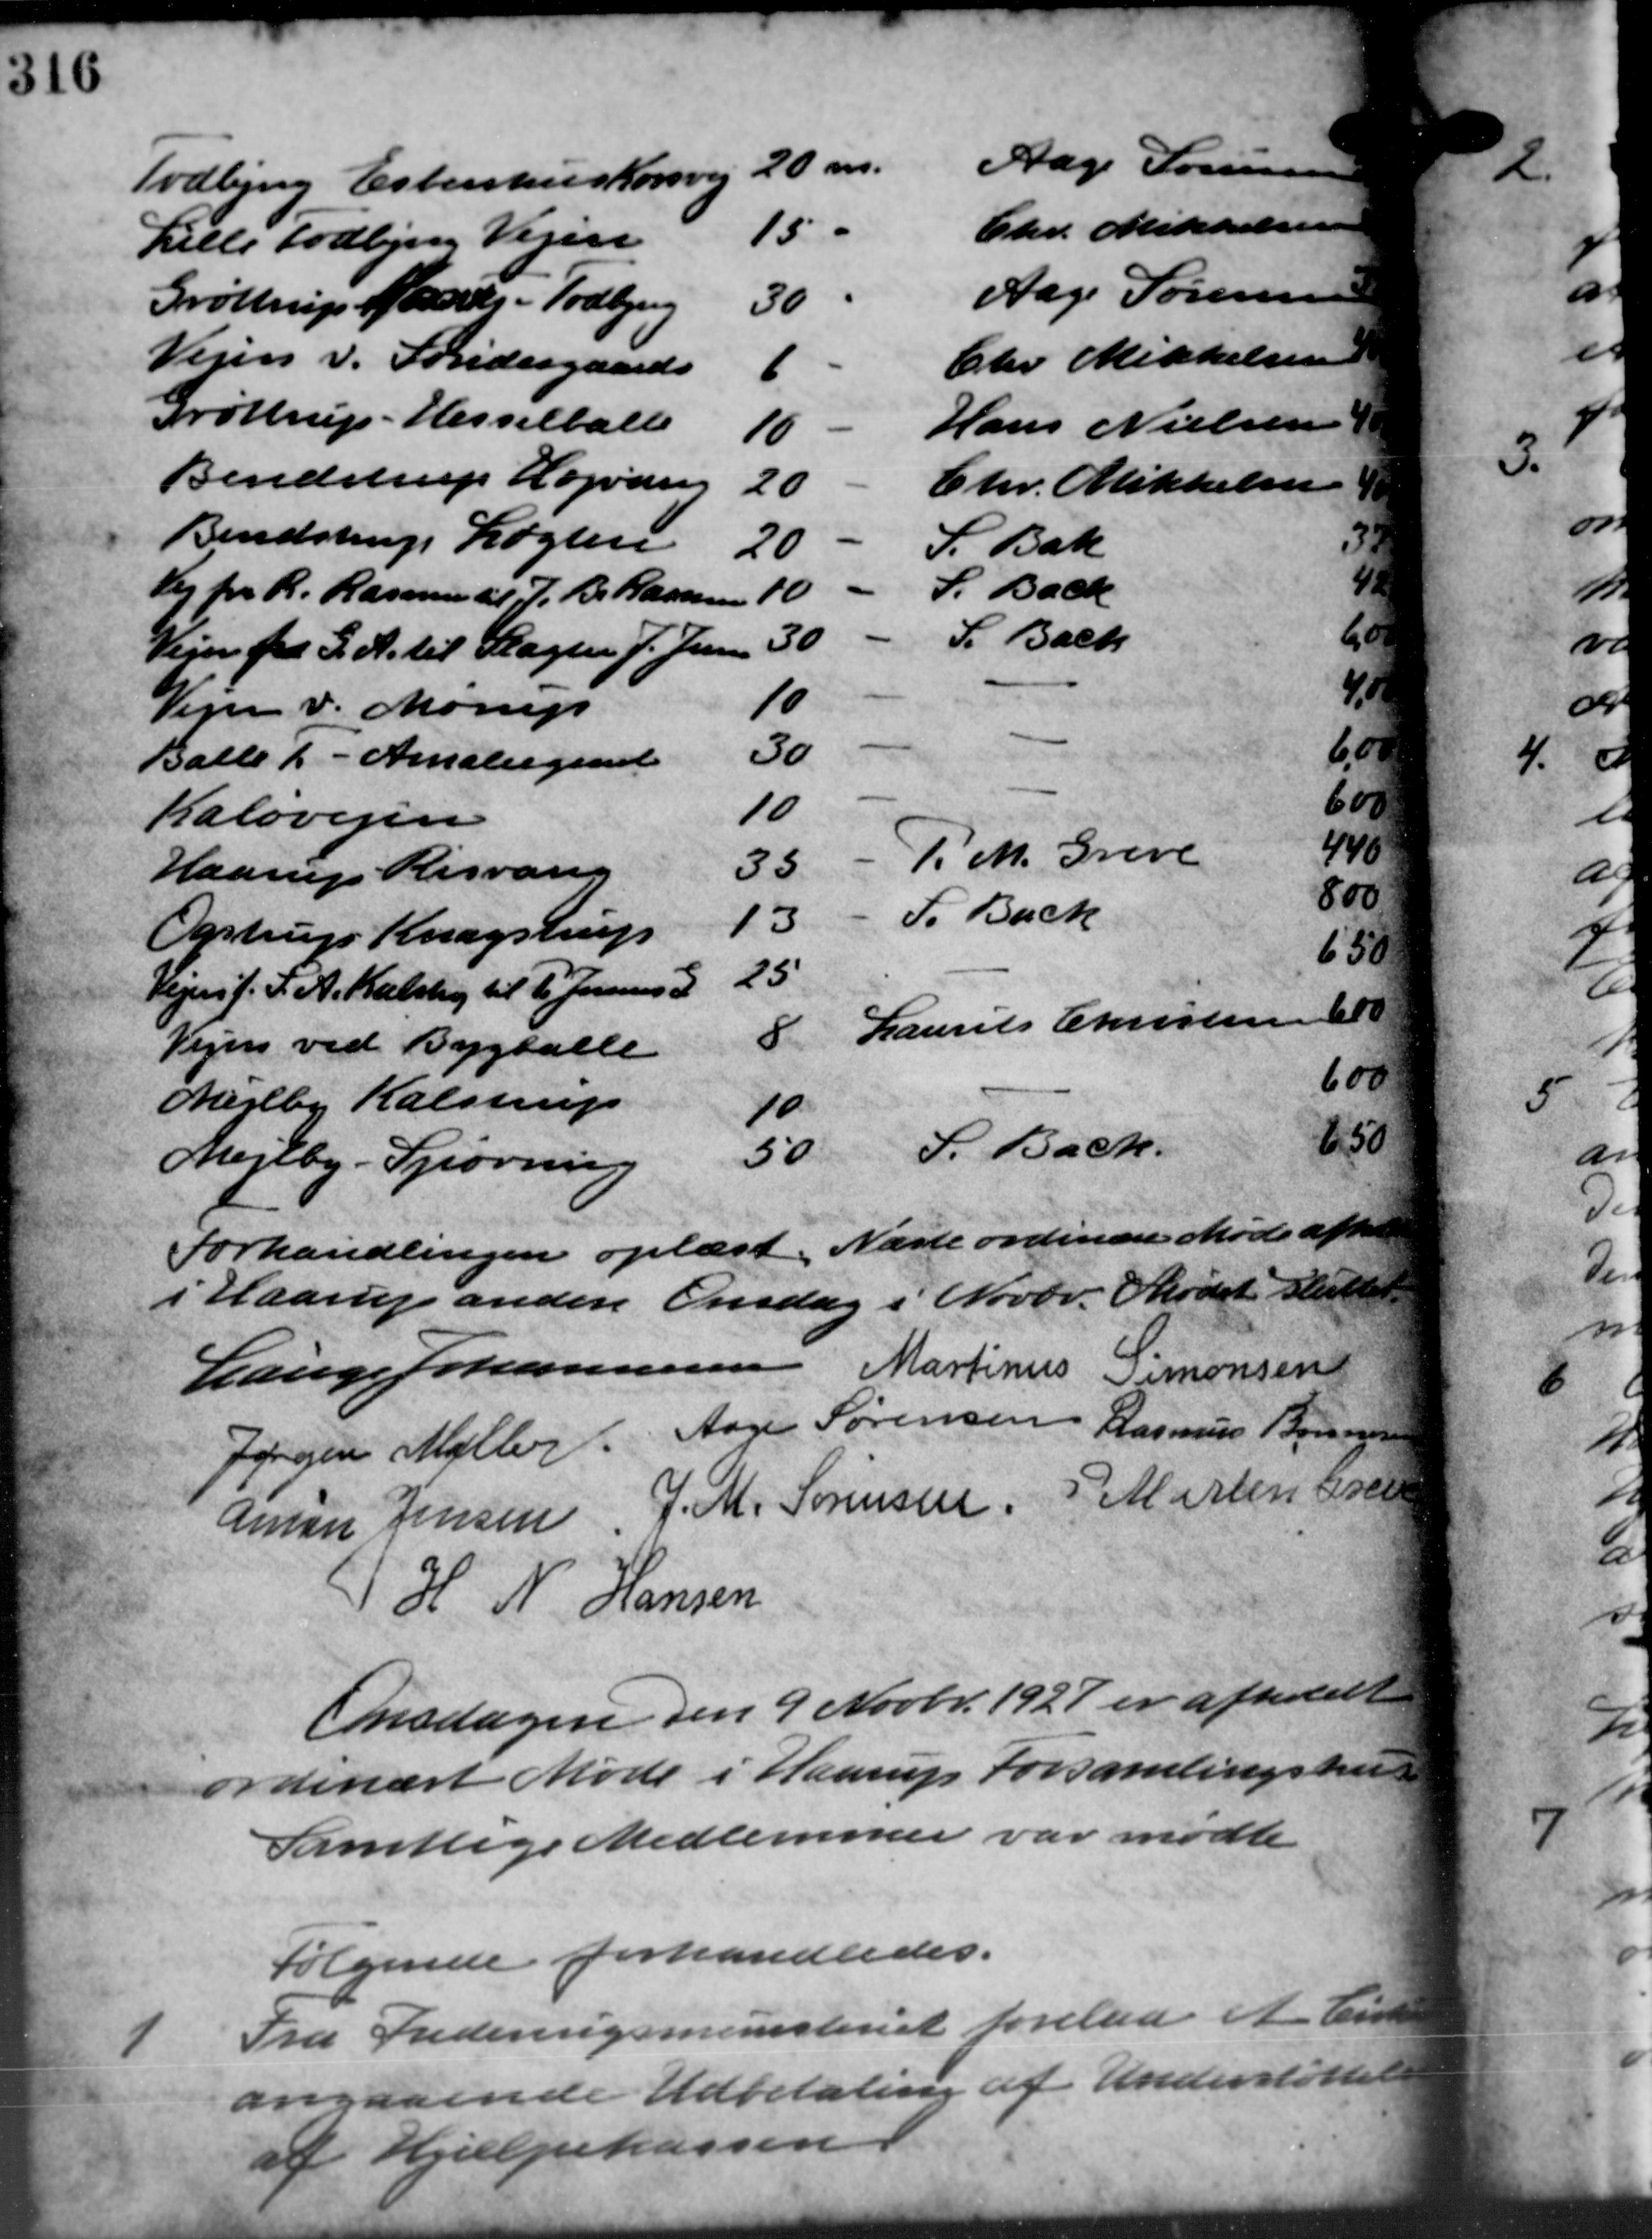
Transskription:
Aage Sørensen
Todbjerg Esbenshus Korsvej 20 m.
Chr. Mikkelsen
15 -
Lille Todbjerg Vejen
Aage Sørensen
Grøttrup Marts - Todbjerg
30
Chr Mikkelsen
Vejen v. Søndergaards
6
Grøttrup - Hesselballe
Hans Nielsen
10
Bendstrup Højvang
Chr. Mikkelsen
20
Bendstrup Løgten
S. Bak
20
18
S. Bach
10 -
Vej for R. Rasmussen J. B. Rasmussen
hor
Vejen fra S. A. til Slagter J. Jensen 30                 S. Bach
4
10
Vejen v. Mørup
600
30
Balle 1 - Amaliegaard
600
10
Kaløvejen
440
P.M. Greve
35
Haarup Risvang
800
F. Back
13
Ogstrup Knagstrup
650
25
Vejen f. F. A. Kalstru til 1 Januar
600
Laurits Christensen
8
Vejen ved Bygballe
600
Mejlby Kalstrup
10
650
S. Bach
50
Mejlby - Spørring
Forhandlingen oplæst. Næste ordinære Møde afhold
i Haarup anden Onsdag i Novbr. Mødet sluttet
Lauge Johannesen Martinus Simonsen
Jørgen Møller: Aage Sørensen Rasmus Boussen
Aman Jensen, J. M. Sørensen, P. Martin Gren
H. N. Hansen
Onsdagen den 9 Novbr. 1927 er afholdt
ordinært Møde i Haarup Forsamlingshus
Samtlige Medlemmer var mødte
følgende forhandledes.

Fra Indenrigsministeriet forelaa et Enke
angaaende Udbetaling af Understøttelse
af Hjælpekassen